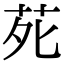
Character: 𫟍